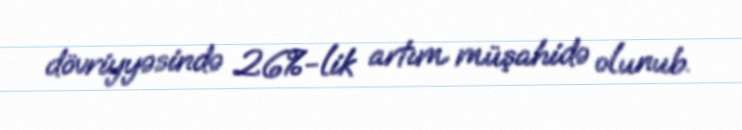
dövriyyəsində 26%-lik artım müşahidə olunub.